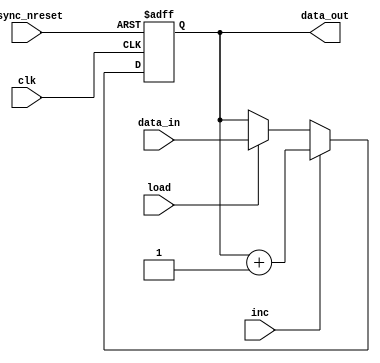
module register
	#(
		parameter WIDTH = 8
	)
	(
		input clk,
		input async_nreset,
		input [WIDTH-1:0] data_in,
		input load,
		input inc,
		
		output reg [WIDTH-1:0] data_out
	);
	
	reg [WIDTH-1:0] data_reg, data_next;
	
	always @(*)
	begin
		data_next <= data_reg;
	
		if (inc == 1'b1)
			data_next <= data_reg + {{WIDTH-1{1'b0}}, 1'b1};
		else if (load == 1'b1)
			data_next <= data_in;
	end
	
	always @(posedge clk, negedge async_nreset)
	begin
		if (async_nreset == 1'b0)
			data_reg <= {WIDTH{1'b0}};
		else
			data_reg <= data_next;
	end
	
	always @(*)
	begin
		data_out <= data_reg;
	end
	
endmodule